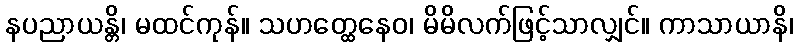
နပညာယန္တိ၊ မထင်ကုန်။ သဟတ္ထေနေဝ၊ မိမိလက်ဖြင့်သာလျှင်။ ကာသာယာနိ၊